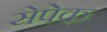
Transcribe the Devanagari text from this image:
सेपेक